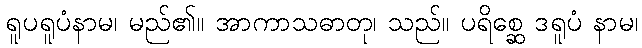
ရူပရူပံနာမ၊ မည်၏။ အာကာသဓာတု၊ သည်။ ပရိစ္ဆေ ဒရူပံ နာမ၊